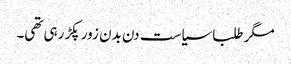
مگر طلبا سیاست دن بدن زور پکڑ رہی تھی۔